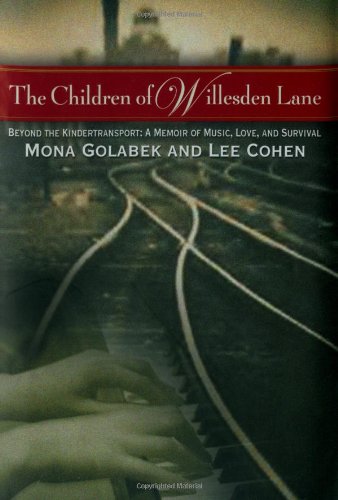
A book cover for The Children of Willesden Lane: Beyond the Kindertransport: A Memoir of Music, Love, and Survival; Mona Golabek; Biographies & Memoirs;